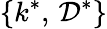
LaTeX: \{ k^{*},\, \mathcal{D}^{*}\}